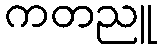
ကတညူ